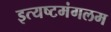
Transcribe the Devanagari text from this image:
इत्यष्टमंगलम